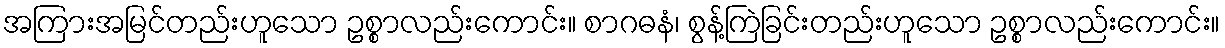
အကြားအမြင်တည်းဟူသော ဥစ္စာလည်းကောင်း။ စာဂဓနံ၊ စွန့်ကြဲခြင်းတည်းဟူသော ဥစ္စာလည်းကောင်း။